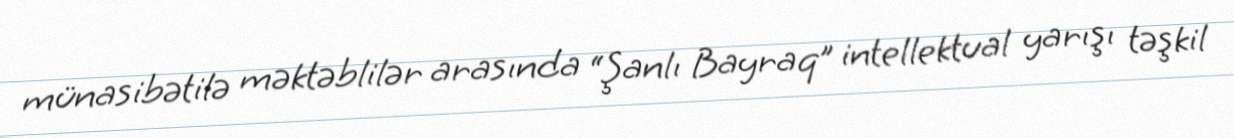
münasibətilə məktəblilər arasında “Şanlı Bayraq” intellektual yarışı təşkil